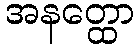
အနတ္ထော